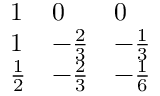
\begin{array} { l l l } { { 1 } } & { { 0 } } & { { 0 } } \\ { { 1 } } & { { - { \frac { 2 } { 3 } } } } & { { - { \frac { 1 } { 3 } } } } \\ { { { \frac { 1 } { 2 } } } } & { { - { \frac { 2 } { 3 } } } } & { { - { \frac { 1 } { 6 } } } } \end{array}